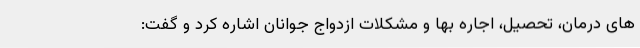
های درمان، تحصیل، اجاره بها و مشکلات ازدواج جوانان اشاره کرد و گفت: